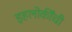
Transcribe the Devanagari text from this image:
इहलोकींची